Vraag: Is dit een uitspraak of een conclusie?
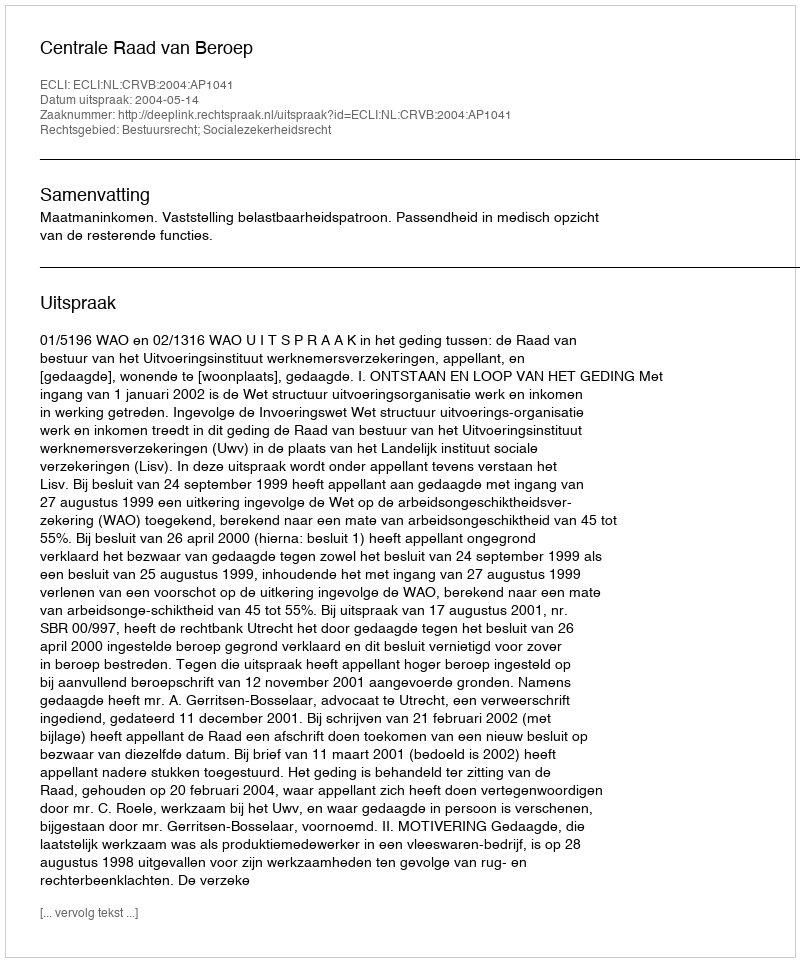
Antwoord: Uitspraak